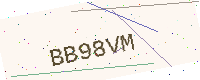
Text: BB98VM